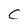
Character: C